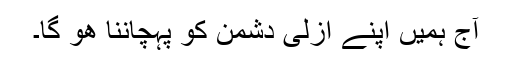
آج ہمیں اپنے ازلی دشمن کو پہچاننا ھو گا۔